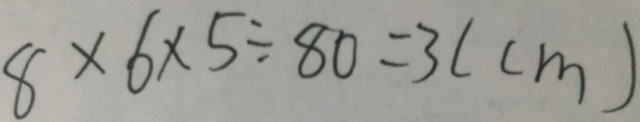
8 \times 6 \times 5 \div 8 0 = 3 ( c m )